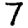
Digit: 7